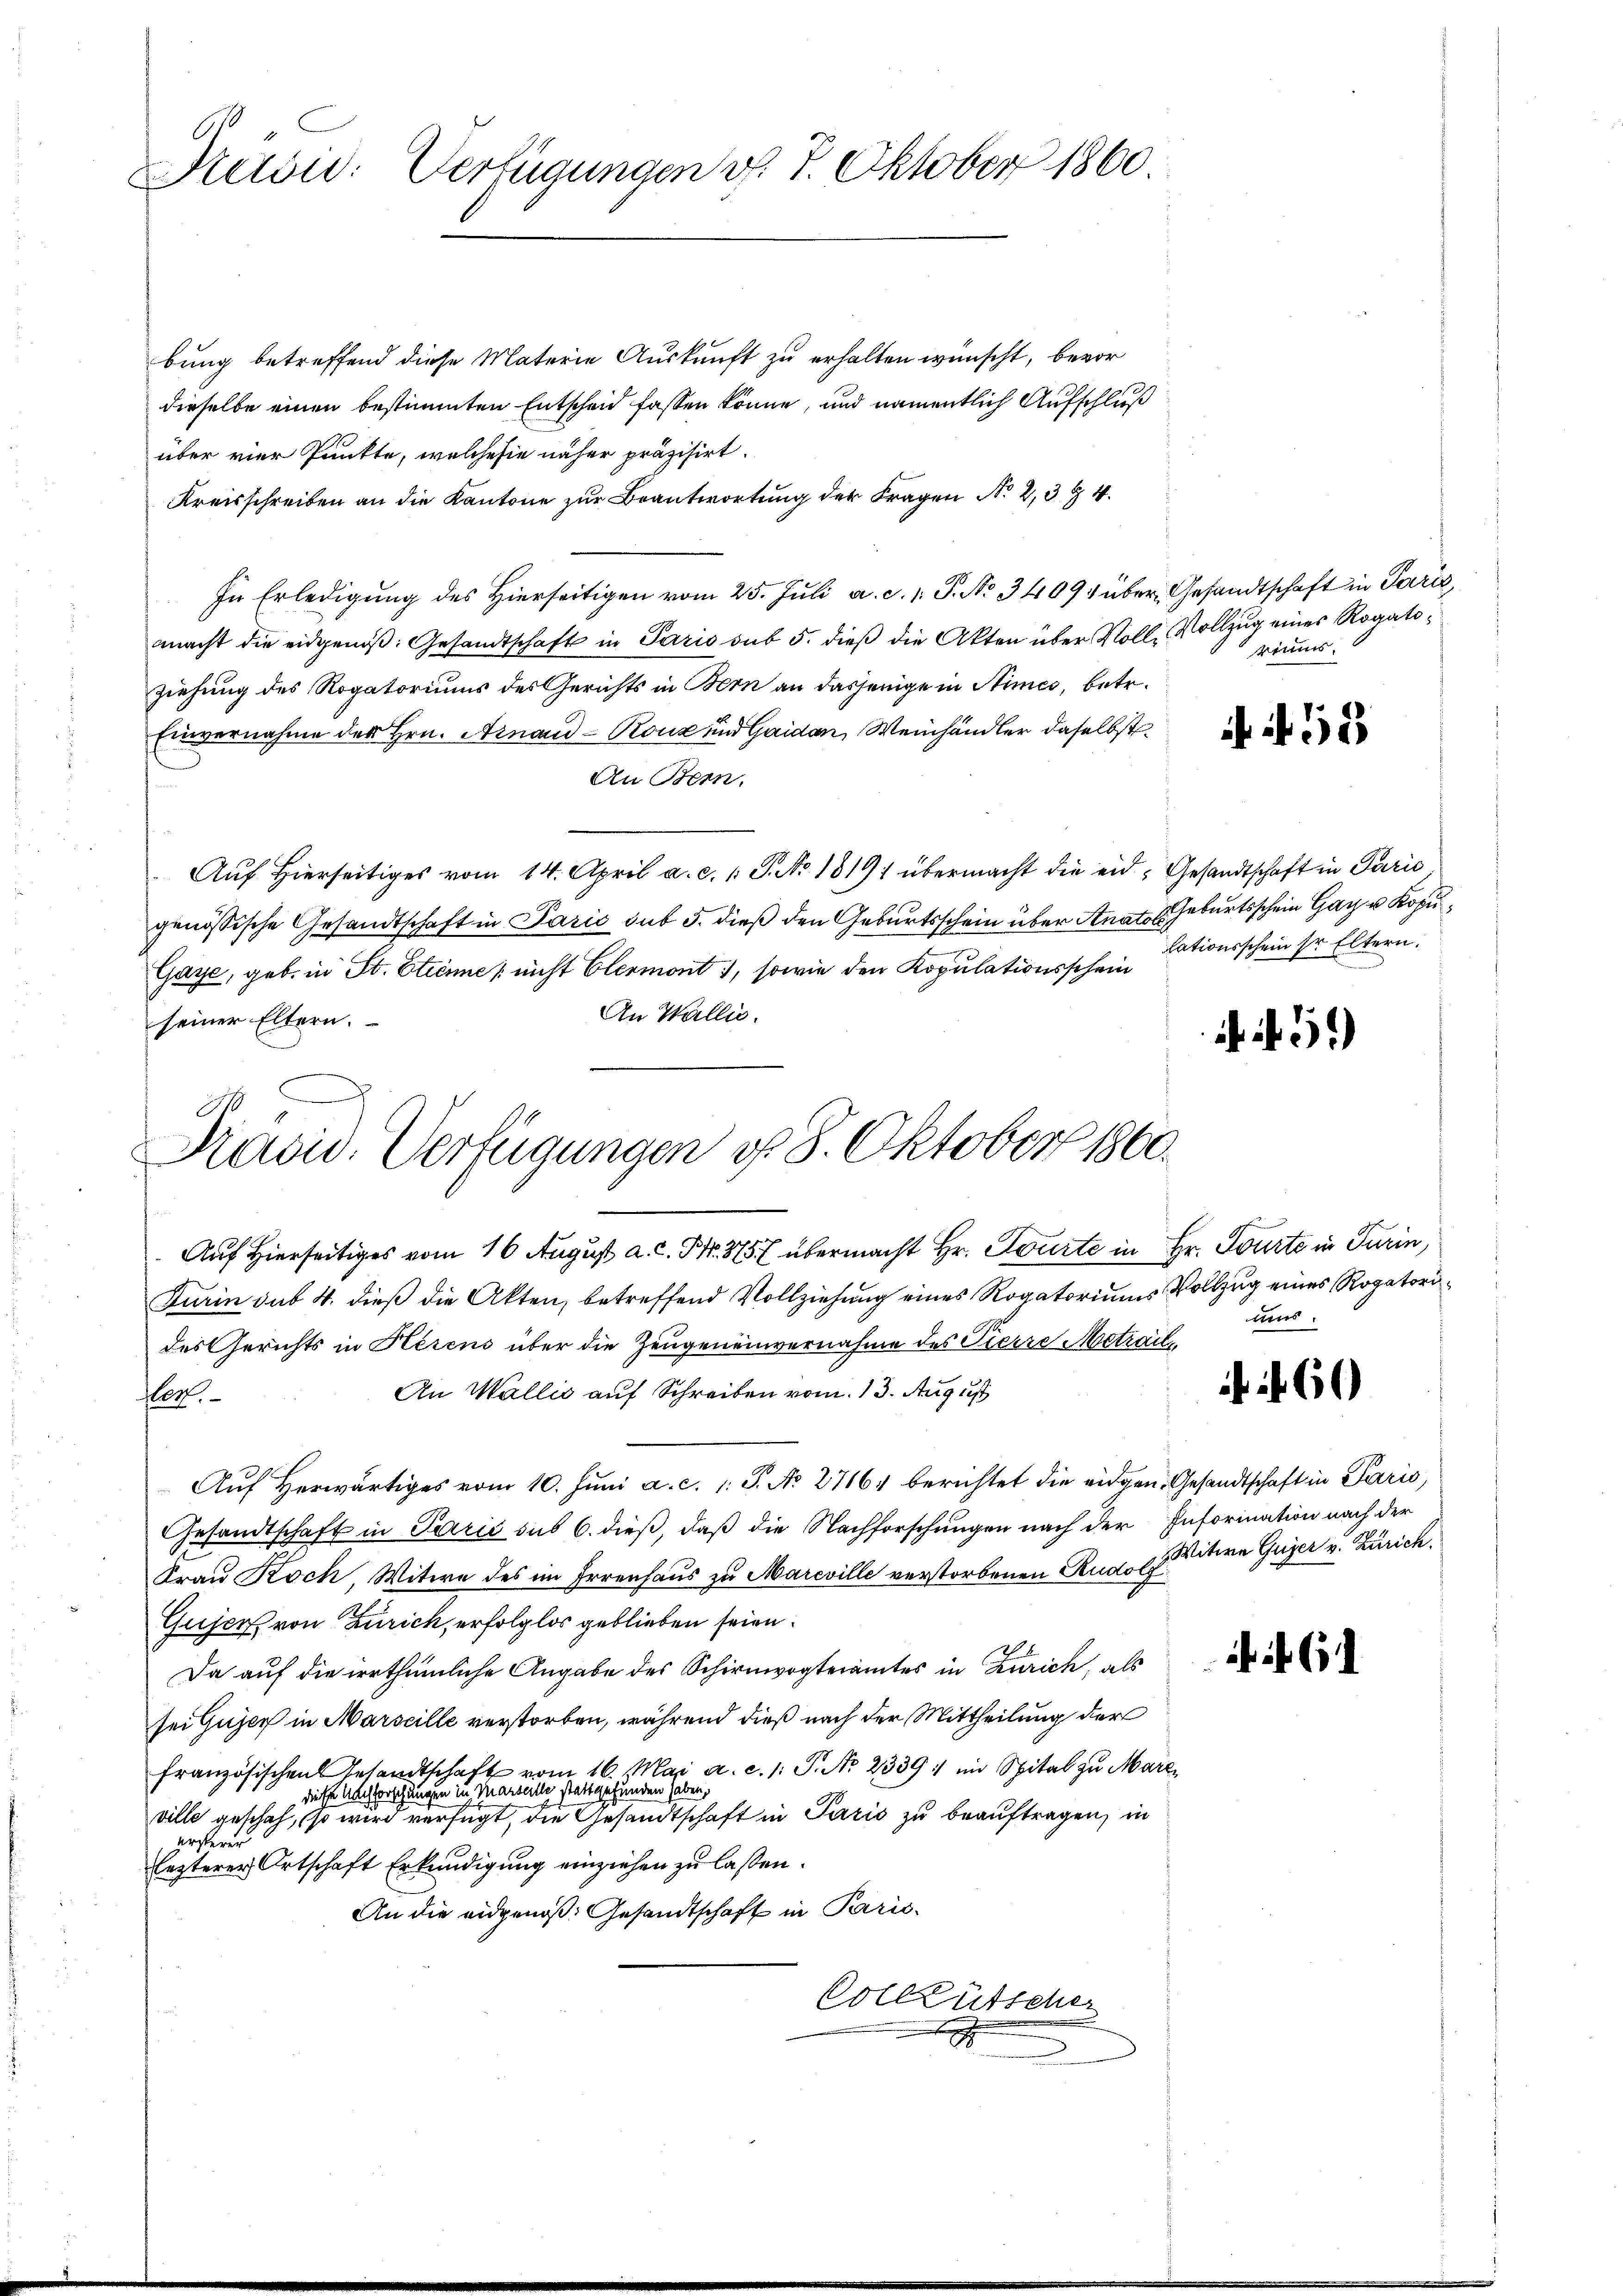
bung betreffend diese Materie Auskunft zu erhalten wünscht, bevor
dieselbe einen bestimmten Entscheid fassen könne, und namentlich Aufschluß
über vier Punkte, welche sie näher präzisirt.
Kreisschreiben an die Kantone zur Beantwortung der Fragen No. 2, 3 § 4.
In Erledigung des Hierseitigen vom 25. Juli a. c. l. J. No 34094 über Gesandtschaft in Paris,
macht die eidgenöβ: Gesandtschaft in Paris sub 5. dieß die Akten über Volle Vollzug eines Rogatoziehung des Rogatoriums des Gerichts in Bern an dasjenige in Stimes, betr.
Einvernahme des Hrn. Arnand - Ronz und Gaidan, Weinhändler daselbst
An Bern,
Aŭf Hierseitiges vom 14. April a. c. 1. P. No. 1819 übermacht die eid. Gesandtschaft in Paris
genössische Gesandtschaft in Paris sub 5. dieß den Geburtsschein über Staates Geburtsschein Gar u Kopu¬
Gaye, geb. in St. Etienne nicht Clermont, sowie den Kopulationsschein lationsschein sr Eltern.
An Wallis.
seiner Eltern.

7
Verfügungen v. 7. Oktober 1860.
Katów:

Kavis. Verfügungen f. 8. Oktober 1860.

Auf Hierseitiges vom 16. August a. c. Nr. 375 übermacht Hr. Tourte in Hr. Pourte in Turin,
Furin sub 4. dieß die Akten, betreffend Vollziehung eines Rogatoriums Vollzug eines Rogatorides Gerichts in Herens über die Zeugeneinvernahme des Tierre Metraile
An Wallić auf Schreiben vom 13. August
op.
Auf Herwärtiges vom 10. Juni a. c. 1. P. No 276, berichtet die eidgen. Gesandtschaft in Paris,
Gesandtschaft in Paris sub 6. dieß, daß die Nachforschungen nach der Information nach der
Frau Koch, Witwe des im Irrenhaus zu Mareville verstorbenen Rudolf
Gujer von Zürich, erfolglos geblieben seien.
Da auf die irrthümliche Angabe des Schirmvogteiamtes in Zürich, als
sei Gujer in Marseille verstorben, während dieß nach der Mittheilung der
französischen Gesandtschaft vom 16. Mai a. c. 1: P. Nr. 2339: im Spital zu Marediese Nachforschungen in Marseille stattgefunden haben,
ville geschah, so wird verfügt, die Gesandtschaft in Paris zu beauftragen, in
ersterer
lezterer Ortschaft Erkundigung einziehen zu laßen.
An die eidgenoß: Gesandtschaft in Paris-
Colkütscher

riums.

5)

mus.

60)

Witwe Gujer v. Zürich.

6